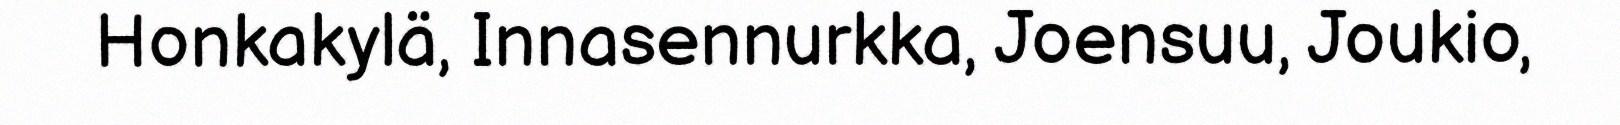
Honkakylä, Innasennurkka, Joensuu, Joukio,